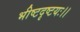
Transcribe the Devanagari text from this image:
भीष्टदृष्टयः।।